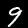
Label: 9